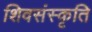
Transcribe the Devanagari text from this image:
शिवसंस्कृति